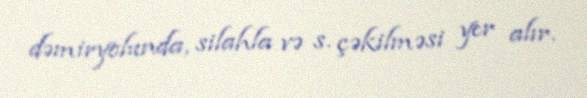
dəmiryolunda, silahla və s. çəkilməsi yer alır.